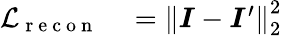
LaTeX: \begin{array}{rl}{\mathcal{L}_{\mathrm{~r~e~c~o~n~}}}&{{}=\left\| \boldsymbol{I}-\boldsymbol{I}^{\prime}\right\| _{2}^{2}}\end{array}